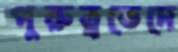
পুরুত্বভেদে